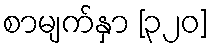
စာမျက်နှာ [၃၂၀]